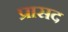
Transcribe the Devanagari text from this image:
प्रासद